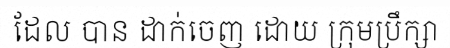
ដែល បាន ដាក់ចេញ ដោយ ក្រុមប្រឹក្សា